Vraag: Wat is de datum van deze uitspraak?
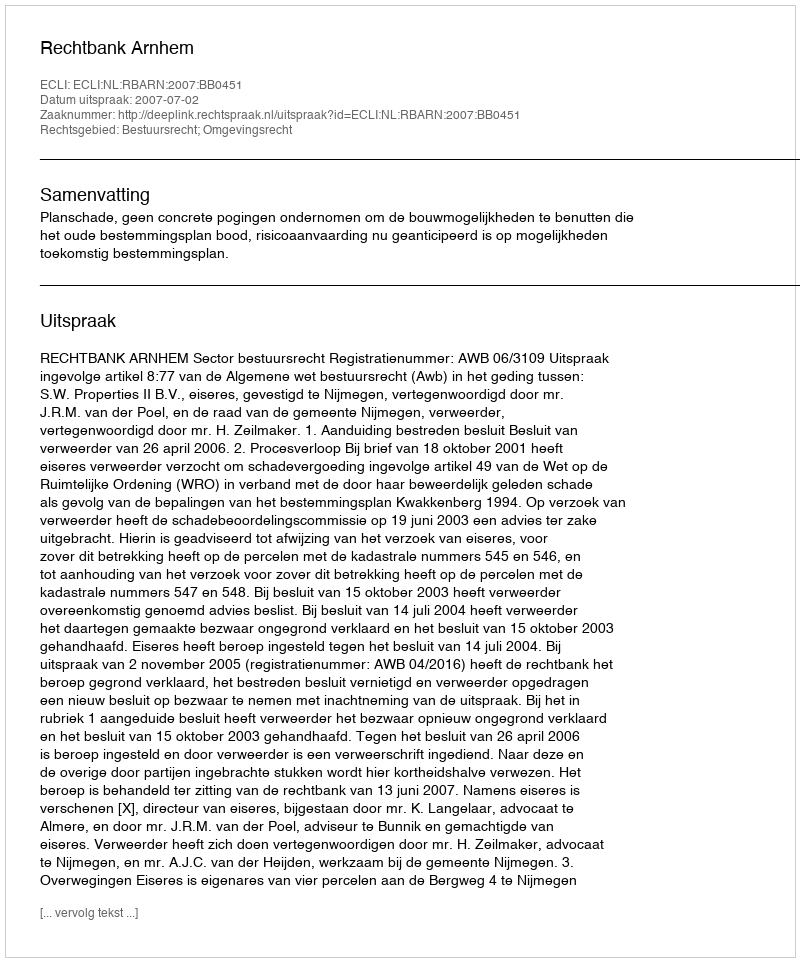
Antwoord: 2007-07-02